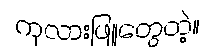
ကုလားဖြူတွေတဲ့။